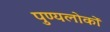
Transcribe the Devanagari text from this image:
पुण्यलोकों